Lunatic asylums in Bengal annual reports 1888-1898 - 1888-1898
Year: 1888
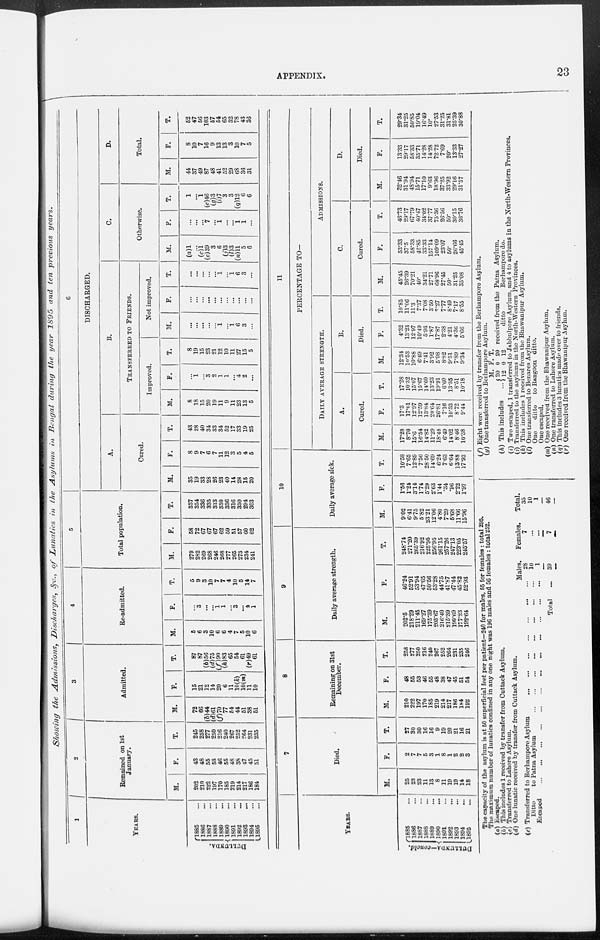
APPENDIX.
23
Showing the Admissions,
Discharges, &c., of Lunatics
in the Asylums
in Bengal during the year 1895 and ten previous
years.
1
YEARS.
DULLUNDA.
1885 ...
1886 ...
1887 ...
1888 ...
1889 ...
1890 ...
1891 ...
1892 ...
1893 ...
1894 ...
1895 ...
2
Remained on 1st
January.
M.
202
210
222
197
170
185
219
214
217
186
184
F.
43
48
55
53
46
55
48
38
47
45
51
T.
245
258
277
250
216
240
267
252
264
231
235
3
Admitted.
M.
72
66
(b)44
(d)61
(f)70
77
54
44
51
38
51
F.
15
21
12
14
20
6
11
10(k)
10(m)
11
10
T.
87
87
(b)56
(d) 75
(f)90
(h)83
65
54
61
(r)49
61
4
Re-admitted.
M.
5
6
3
10
6
6
4
7
5
10
6
F.
...
3
...
...
1
1
...
3
...
4
1
T.
5
9
3
10
7
7
4
10
5
14
7
5
Total population.
M.
279
282
269
268
246
268
277
265
273
234
241
F.
58
72
67
67
67
62
59
51
57
60
62
T.
337
354
336
335
313
330
336
316
330
294
303
6
DISCHARGED.
A.
Cured.
M.
35
19
33
28
26
23
40
14
28
15
20
F.
8
9
7
6
7
11
12
3
5
4
5
T.
43
28
40
34
33
34
52
17
33
19
25
B.
TRANSFERRED TO FRIENDS.
Improved.
M.
8
18
15
20
19
11
9
11
23
13
5
F.
...
1
...
3
2
1
1
...
4
2
...
T.
8
19
15
23
21
12
10
11
27
15
5
Not improved.
M.
...
...
...
...
...
1
...
1
6
3
...
F.
...
...
...
...
...
...
...
...
...
...
...
T.
...
...
...
...
...
1
...
1
6
3
...
C.
Otherwise.
M.
(a)1
...
(c)l
(e)39
3
6
(j)3
(l)3
(n)11
5
6
F.
...
...
...
7
...
1
...
...
1
1
...
T.
1
...
1
(e)46
(g)3
(i)7
3
3
(q)12
6
6
D.
Total.
M.
44
37
49
87
48
41
52
29
68
36
31
F.
8
10
7
16
9
13
13
3
10
7
5
T.
52
47
56
103
57
54
65
32
78
43
36
YEARS.
DULLUNDA—concld.
1885 ...
1886 ...
1887 ...
1888 ...
1889 ...
1890 ...
1891 ...
1892 ...
1893 ...
1894 ...
1895 ...
7
Died.
M.
25
23
23
11
13
8
11
19
19
14
18
F.
2
7
7
5
3
1
8
1
2
2
3
T.
27
30
30
16
16
9
19
20
21
16
21
8
Remaining on 31st
December.
M.
210
222
197
170
185
219
214
217
186
184
192
F.
48
55
53
46
55
48
38
47
45
51
54
T.
258
277
250
216
240
267
252
264
231
235
246
9
Daily average strength.
M.
202.5
218.29
211.45
169.27
175.39
203.67
216.40
215.39
199.69
177.23
192.64
F.
46.24
52.91
53.94
47.65
50.56
53.28
44.75
41.87
47.44
45.82
52.93
T.
248.74
271.20
265.39
216.92
225.95
256.95
261.15
257.26
247.13
223.05
245.57
10
Daily average sick.
M.
9.02
6.41
9.75
5.82
23.21
12.06
4.80
7.29
5.68
11.66
15.96
F.
1.56
1.24
3.14
1.74
5.29
2.63
1.44
.34
.96
2.22
1.97
T.
10.58
7.65
12.89
7.56
28.50
14.69
6.24
7.63
6.64
13.88
17.93
11
PERCENTAGE TO—
DAILY AVERAGE STRENGTH.
A.
Cured.
M.
17.28
8.70
15.6
16.54
14.82
11.29
18.48
6.49
14.02
8.46
10.38
F.
17.3
17.01
12.97
12.59
13.84
20.64
26.81
7.16
10.53
8.72
9.44
T.
17.28
10.32
15.07
15.67
14.60
13.23
19.91
6.60
13.35
8.51
10.18
B.
Died.
M.
12.34
10.53
10.88
6.49
7.41
3.92
5.08
8.82
9.51
7.89
9.34
F.
4.32
13.23
12.97
10.49
5.93
1.87
17.87
2.38
4.21
4.36
5.66
T.
10.85
11.06
11.3
7.37
7.08
3.50
7.27
7.77
8.49
7.17
8.55
ADMISSIONS.
C.
Cured.
M.
45.45
26.39
70.21
40.
34.21
27.71
68.96
27.45
50.
31.25
35.08
F.
53.33
37.5
58.33
42.85
33.33
157.14
109.09
23.07
50.
26.66
45.45
T.
46.73
29.17
67.79
40.47
34.02
37.77
75.36
26.56
50.
30.15
36.76
D.
Died.
M.
32.46
31.94
48.94
15.71
17.10
9.63
18.96
37.25
33.92
29.16
31.57
F.
13.33
29.17
58.33
35.71
14.28
14.28
72.72
7.69
20.
13.33
27.27
T.
29.34
31.25
50.85
19.04
16.49
10.
27.53
31.25
31.81
25.39
30.88
The capacity of the asylum is at 50 superficial feet per patient—240 for males, 55 for females: total 295.
The maximum number of lunatics confined in any one night was 196 males and 56 females : total 252.
(a) Escaped.
(b) This includes 1 received by transfer from Cuttack Asylum.
(c) Transferred to Lahore Asylum.
(d) One lunatic received by transfer from Cuttack Asylum.
(e) Transferred to Berhampore Asylum ... ... ... ... ...
Ditto
to Patna Asylum ... ... ... ... ... ... ...
Escaped ... ... ... ... ... ... ... ... ... ...
Total ...
Males.
28
10
1
39
Females.
7
...
...
7
Total.
35
10
1
46
(f) Eight were received by transfer from the Berhampore Asylum.
(g) One transferred to Berhampore Asylum.
(h) This includes ...
M.
20
12
F.
0
0
T.
20
12
received from the Patna Asylum.
ditto
Berhampore do.
(i) Two escaped, 1 transferred to Jabbulpore Asylum, and 4 to asylums in the North-Western Provinces.
(j) Transferred to the asylums in the North-Western Provinces.
(k) This includes 1 received from the Bhawanipur Asylum.
(l) One transferred to Benares Asylum.
One
ditto to Rangoon ditto.
One escaped.
(m) One received from the Bhawanipur Asylum.
(n) One transferred to Lahore Asylum.
(q) This includes 3 lunatics made over to friends.
(r) One received from the Bhawanipur Asylum.